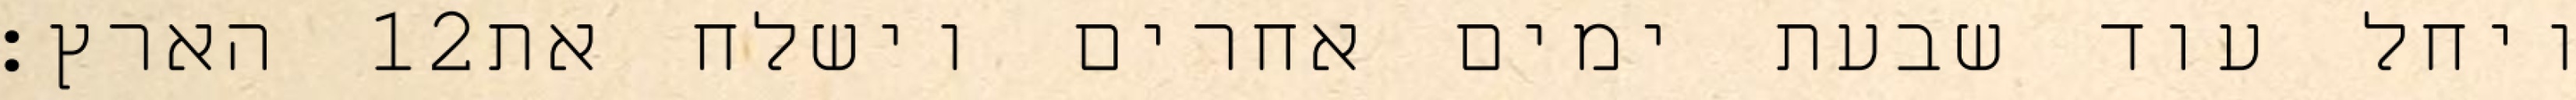
הארץ׃ ‎12‏ ויחל עוד שבעת ימים אחרים וישלח את